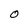
Character: O